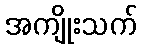
အကျိုးသက်